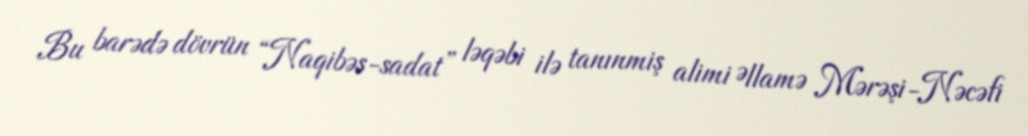
Bu barədə dövrün “Naqibəs-sadat” ləqəbi ilə tanınmiş alimi Əllamə Mərəşi-Nəcəfi